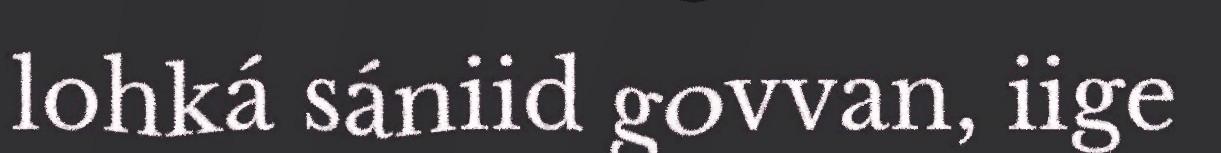
lohká sániid govvan, iige